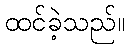
ထင်ခဲ့သည်။